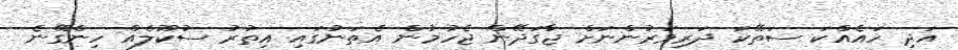
އަދި ހައެއްކަ ސަތޭކަ ދަރިވަރުންނަށް ޖާގަދޭން ޖެހުމުން އެތަނުގައި އިތުރު ސުކޫލެއް ހިންގޭނެ